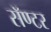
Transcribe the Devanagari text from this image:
सॅण्टर